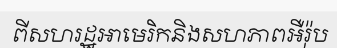
ពីសហរដ្ឋអាមេរិកនិងសហភាពអឺរ៉ុប